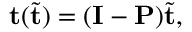
\mathbf { t } ( \tilde { \mathbf { t } } ) = ( \mathbf { I } - \mathbf { P } ) \tilde { \mathbf { t } } ,